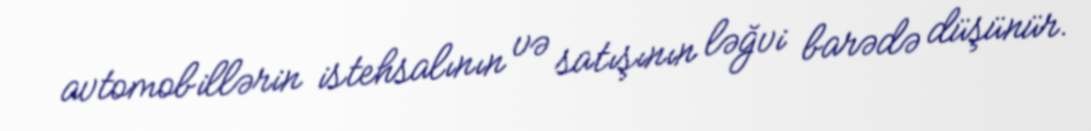
avtomobillərin istehsalının və satışının ləğvi barədə düşünür.